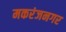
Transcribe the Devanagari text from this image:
मकरंजनगर